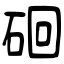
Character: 硘